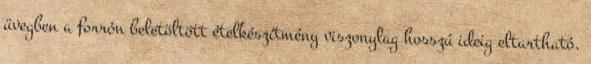
üvegben a forrón beletöltött ételkészítmény viszonylag hosszú ideig eltartható.